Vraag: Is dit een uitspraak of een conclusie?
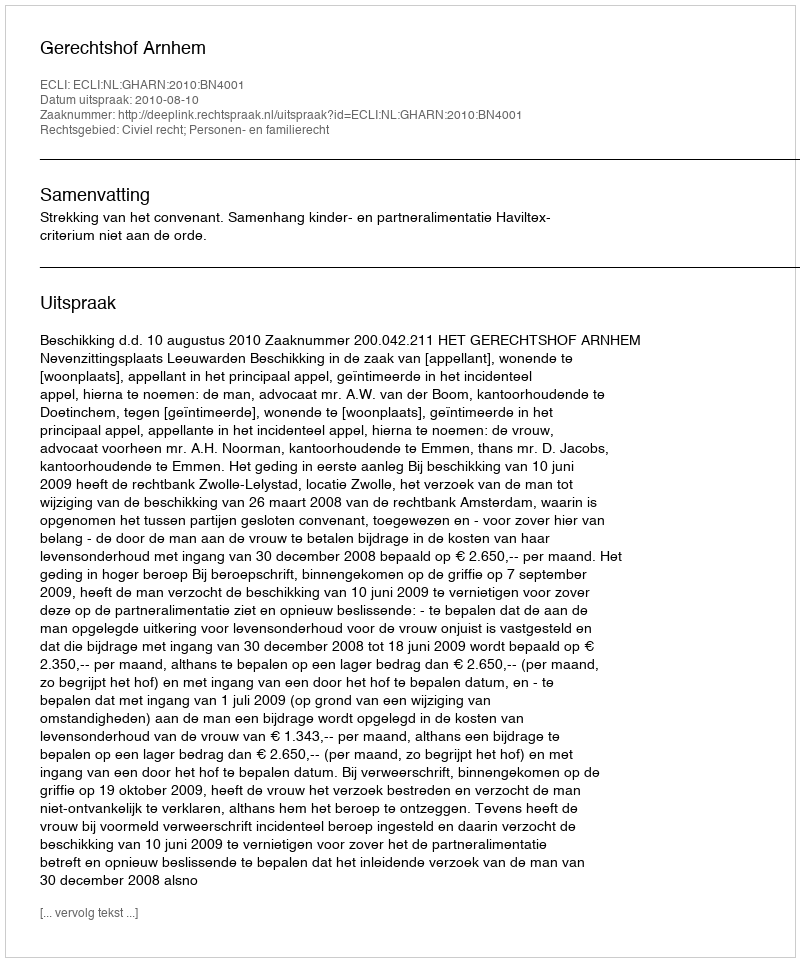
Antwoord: Uitspraak